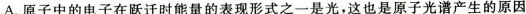
A.原子中的电子在跃迁时能量的表现形式之一是光，这也是原子光谱产生的原因